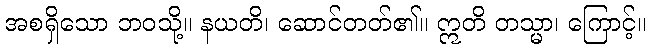
အစရှိသော ဘဝသို့။ နယတိ၊ ဆောင်တတ်၏။ ဣတိ တသ္မာ၊ ကြောင့်။